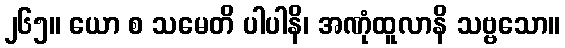
၂၆၅။ ယော စ သမေတိ ပါပါနိ၊ အဏုံထူလာနိ သဗ္ဗသော။